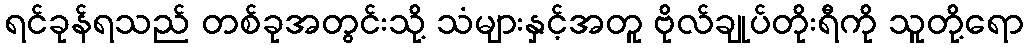
ရင်ခုန်ရသည် တစ်ခုအတွင်းသို့ သံများနှင့်အတူ ဗိုလ်ချုပ်တိုးရီကို သူတို့ရော